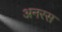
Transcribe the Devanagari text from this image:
अनरस